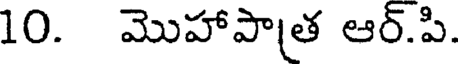
10. మొహాపాత ఆర్.పి.